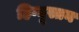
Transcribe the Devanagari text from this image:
हिन्दूस्तन